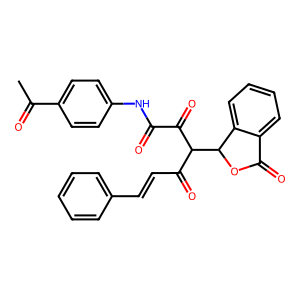
SMILES: CC(=O)c1ccc(NC(=O)C(=O)C(C(=O)C=Cc2ccccc2)C2OC(=O)c3ccccc32)cc1
Inhibits HIV replication: No